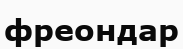
фреондар